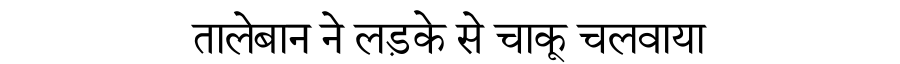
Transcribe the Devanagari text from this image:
तालेबान ने लड़के से चाकू चलवाया